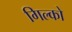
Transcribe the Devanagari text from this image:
गिल्को